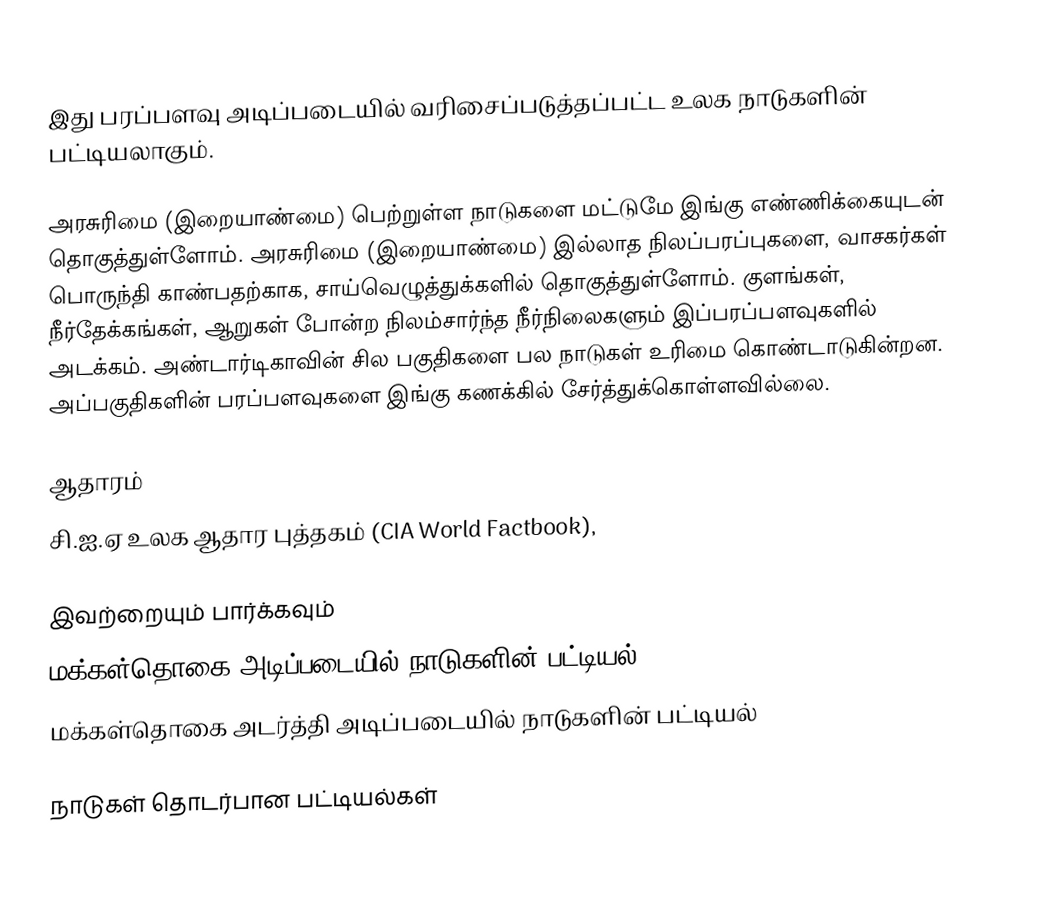
இது பரப்பளவு அடிப்படையில் வரிசைப்படுத்தப்பட்ட உலக நாடுகளின் பட்டியலாகும்.

அரசுரிமை (இறையாண்மை) பெற்றுள்ள நாடுகளை மட்டுமே இங்கு எண்ணிக்கையுடன் தொகுத்துள்ளோம். அரசுரிமை (இறையாண்மை) இல்லாத நிலப்பரப்புகளை, வாசகர்கள் பொருந்தி காண்பதற்காக, சாய்வெழுத்துக்களில் தொகுத்துள்ளோம். குளங்கள், நீர்தேக்கங்கள், ஆறுகள் போன்ற நிலம்சார்ந்த நீர்நிலைகளும் இப்பரப்பளவுகளில் அடக்கம். அண்டார்டிகாவின் சில பகுதிகளை பல நாடுகள் உரிமை கொண்டாடுகின்றன. அப்பகுதிகளின் பரப்பளவுகளை இங்கு கணக்கில் சேர்த்துக்கொள்ளவில்லை.

ஆதாரம்
 சி.ஐ.ஏ உலக ஆதார புத்தகம் (CIA World Factbook),

இவற்றையும் பார்க்கவும்
 மக்கள்தொகை அடிப்படையில் நாடுகளின் பட்டியல்
 மக்கள்தொகை அடர்த்தி அடிப்படையில் நாடுகளின் பட்டியல்

நாடுகள் தொடர்பான பட்டியல்கள்